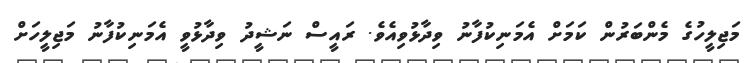
މަޖިލީހުގެ މެންބަރުން ކަމަށް އެމަނިކުފާނު ވިދާޅުވިއެވެ. ރައީސް ނަޝީދު ވިދާޅުވީ އެމަނިކުފާނު މަޖިލީހަށް